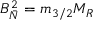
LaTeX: B _ { \bar { N } } ^ { 2 } = m _ { 3 / 2 } M _ { R }